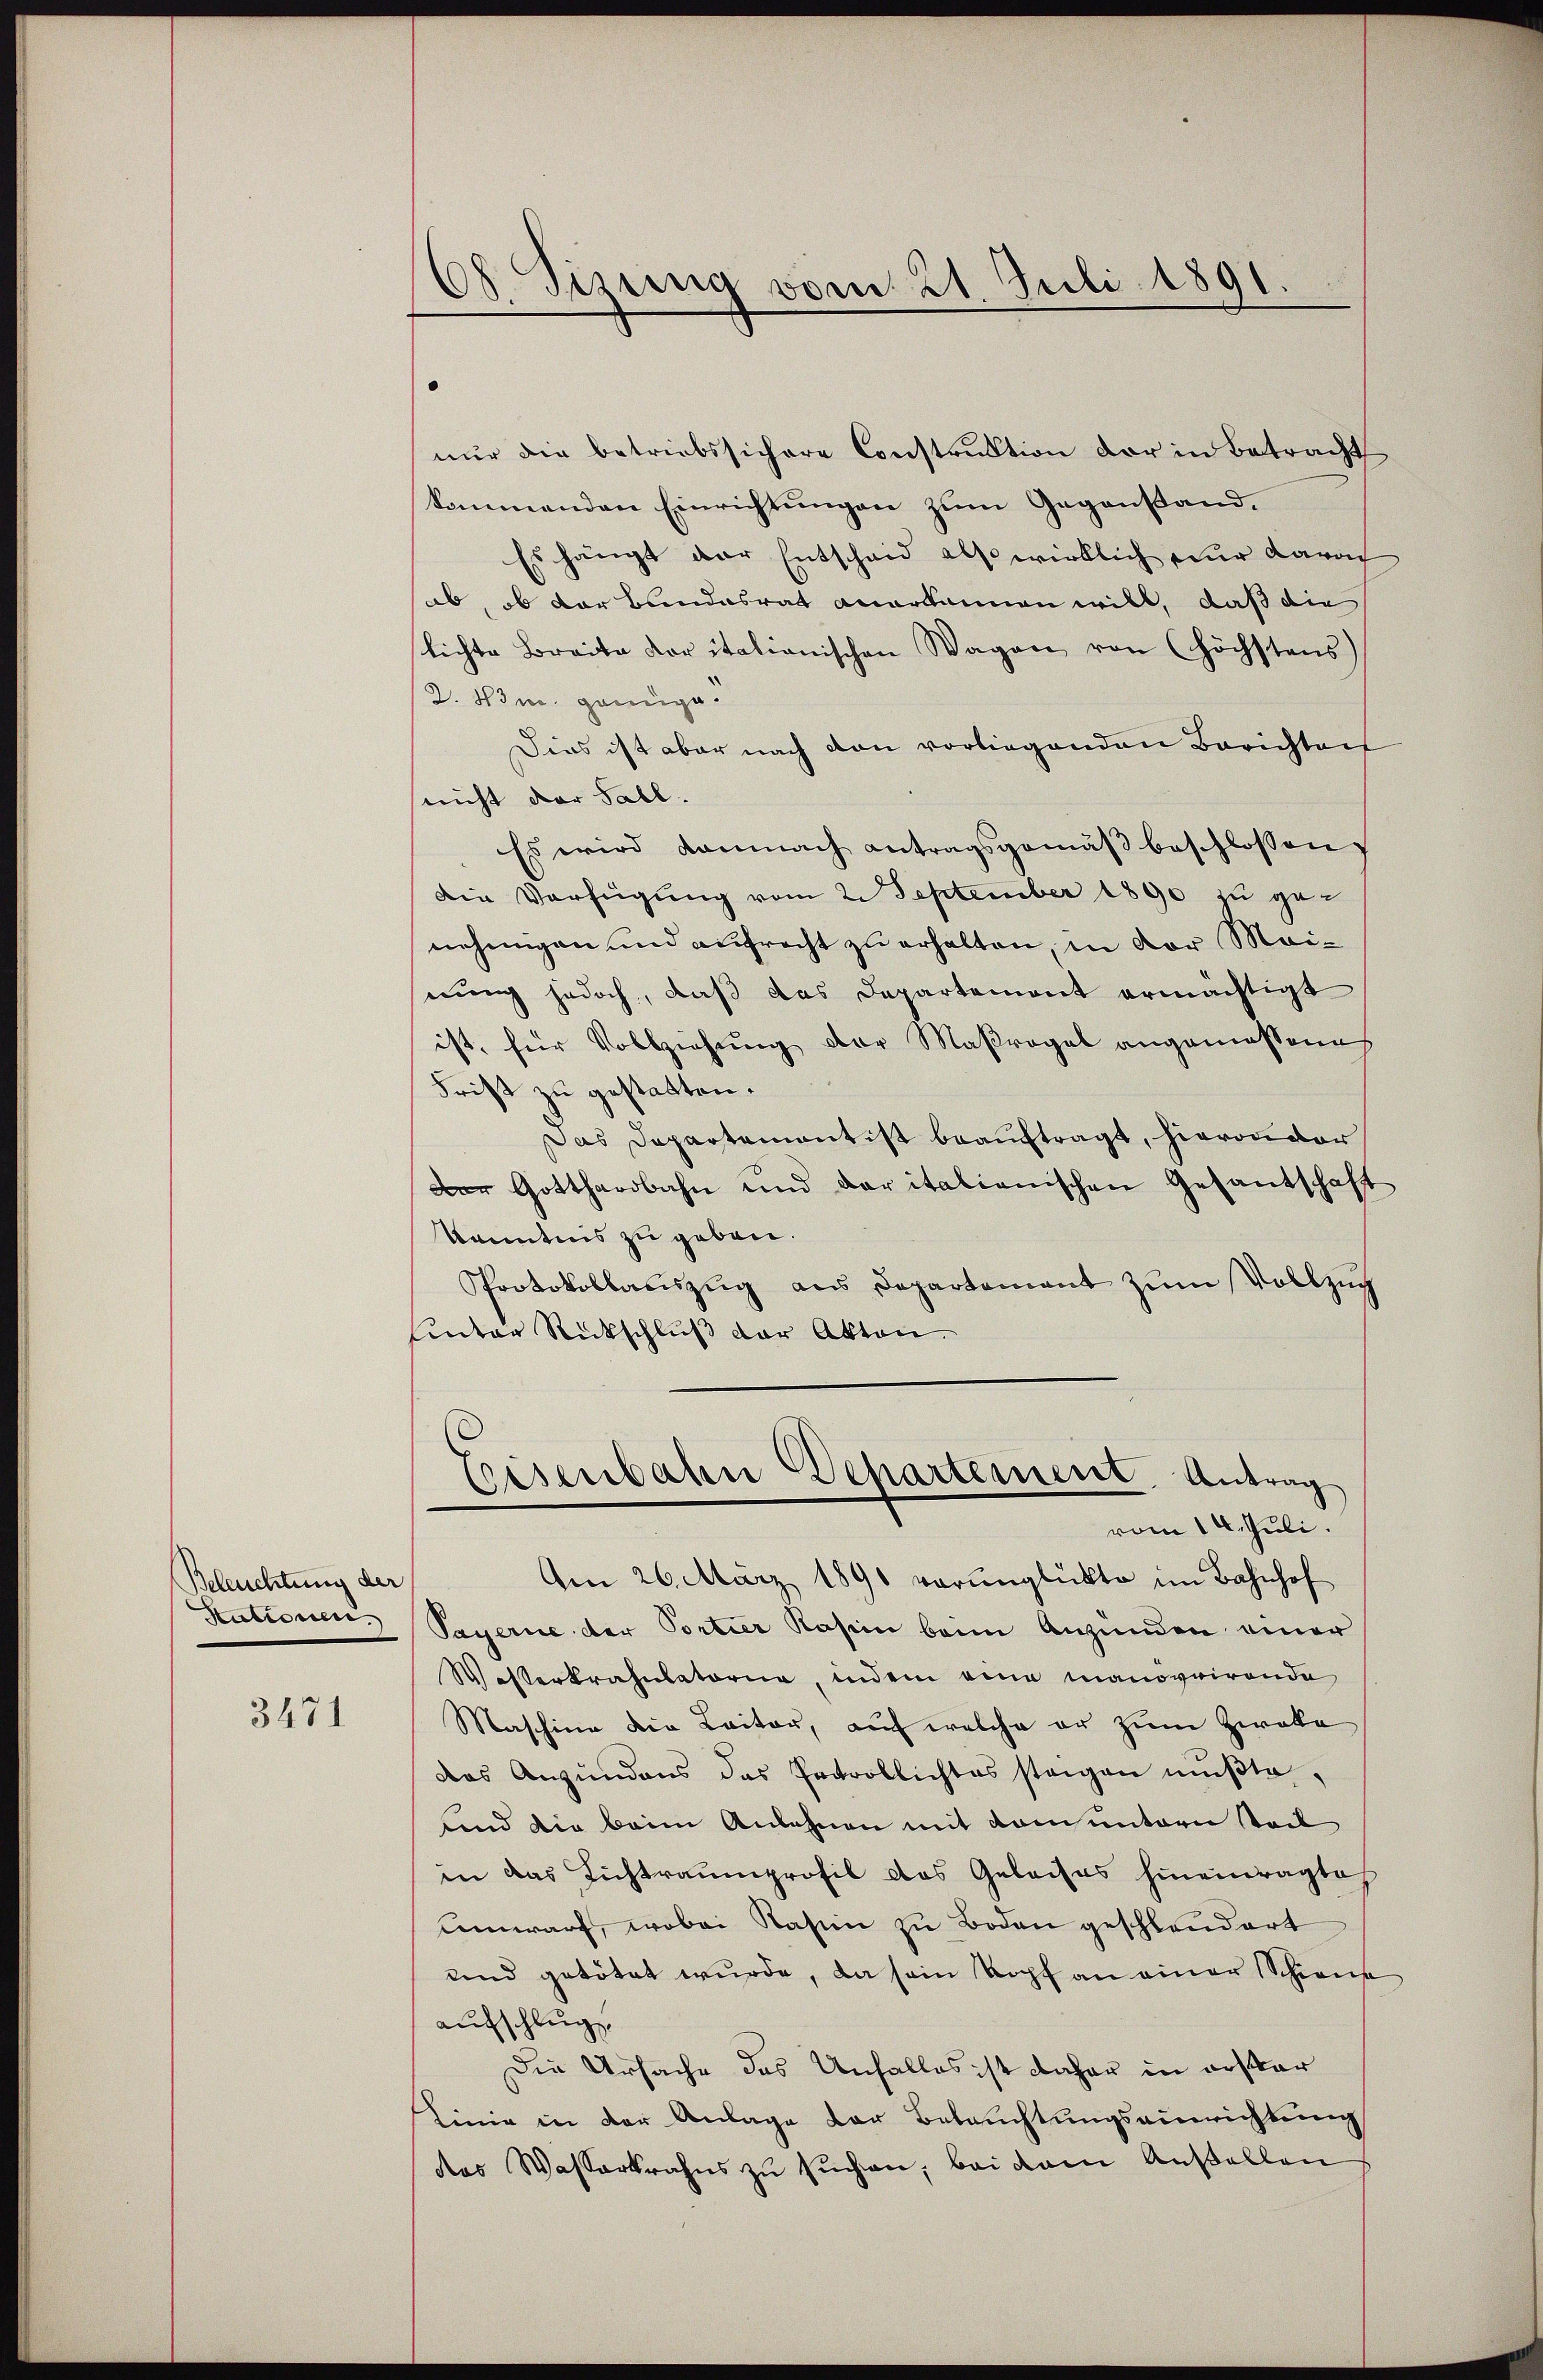
Beleuchtung der
Stationen.

3471

68. Sizung vom 21. Juli 1891.

nur die betriebssichere Construktion der in Betracht
kommenden Einrichtŭngen zum Gegenstand.
Es hängt der Entscheid also wirklich nur davon
ab, ob der bundesrat anerkannen will, daß die
slichte Breite Koritalionischen Wagen von (höchstens
2. 83 m. genüge.
Dies ist aber nach den vorliegenden Berichteit
nicht der Fall.
Es wird damnach antragsgemäβ beschlossen:
Die Verfügung vom 2. September 1890 zu genehmigen und aufrecht zu erhalten, in der Meinung jedoch, daß das Departement ermächtigt
ist, für Vollziehung der Maßregel angemessenes
Frist zu gestatten.
Das Departement ist beauftragt, hievon der
Der Gotthardbahn und daritalienischen Gesantschaft
kanntens zu geben.
Protokollauszug aus Departement zum Vollzug
uinter Rückschluß der Akten.
Eisenbahn Departement. Antrag
vom 14. Juli.
Am 26. März 1890 verunglückte im Bahnhof
Payerne der Portier Kasin beim Anzünden einer
Wasserkrähnlatoria, indem eine manovirende
Maschine die Leiter, auf welche er zum Zweke
das Anzündens das Introllichtes steigen mŭβte,
und die beim Anlehnen mit dem untern tail
in das Lichtraumprofil das Geleises hineinragte
demwarf, wobei Nasien zu Boden geschleudert
und getötet wurde, da sein Kopf an einer Schiene
aufschlug.
Die Ursache das Unfalles ist daher in erstar
Linie in der Anlage der Beleŭchtŭngsamerichtung
des Wasserkrahns zu suchen, bei dem Außellen